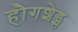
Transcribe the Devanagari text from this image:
हौगशेड्स